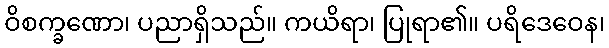
ဝိစက္ခဏော၊ ပညာရှိသည်။ ကယိရာ၊ ပြုရာ၏။ ပရိဒေဝေန၊